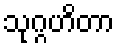
သုဂ္ဂဟိတာ